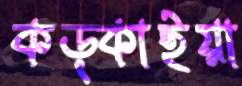
কড়্‌কাইয়া